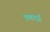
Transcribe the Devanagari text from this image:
उकदई